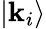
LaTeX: |\mathbf{k}_{i}\rangle